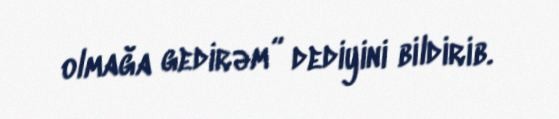
olmağa gedirəm” dediyini bildirib.